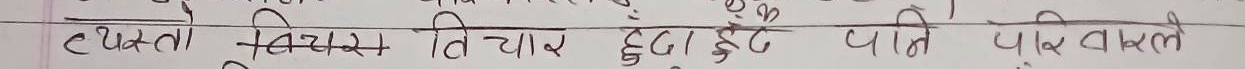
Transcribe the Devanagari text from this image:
त्यस्तै विषयमा विचार हुदा हुदै पनि पारपास्ले